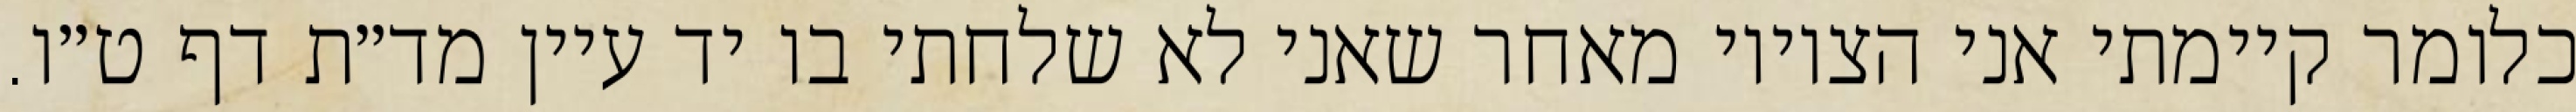
כלומר קיימתי אני הציווי מאחר שאני לא שלחתי בו יד עיין מד״ת דף ט״ו.